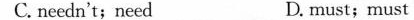
C.needn't;need D. must;must